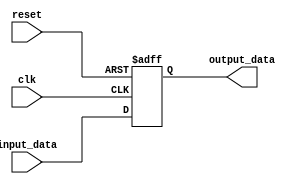
module behavioral_model (
    input wire clk,
    input wire reset,
    input wire [7:0] input_data,
    output reg [7:0] output_data
);

// Declare internal variables
reg [7:0] current_state;

// On positive edge of clock or negative edge of reset, update outputs
always @(posedge clk or negedge reset) begin
    if (!reset) begin
        current_state <= 8'h00; // Reset the state to 0
    end else begin
        current_state <= input_data; // Set the state based on input data
    end
end

// Assign output based on current state
assign output_data = current_state;

endmodule